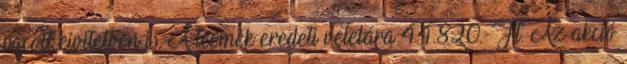
pácolt kivitelben is. A termék eredeti vételára:44.820.-Ft. Az akció